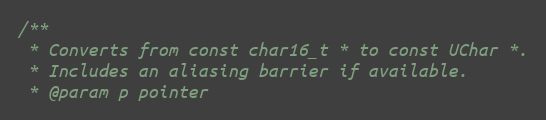
Language: C
/**
 * Converts from const char16_t * to const UChar *.
 * Includes an aliasing barrier if available.
 * @param p pointer